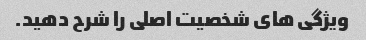
ویژگی های شخصیت اصلی را شرح دهید.